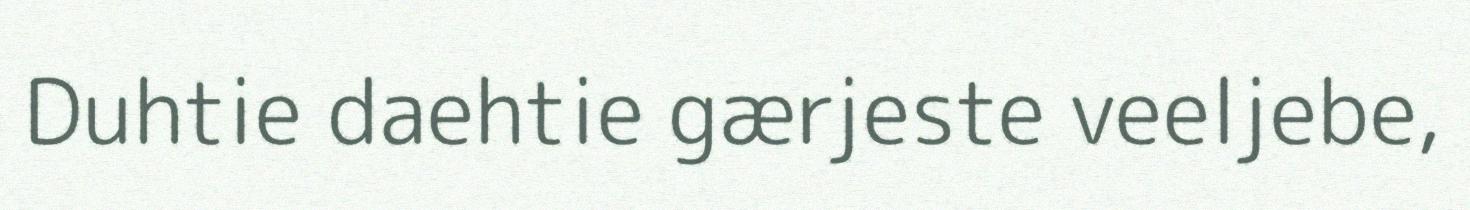
Duhtie daehtie gærjeste veeljebe,